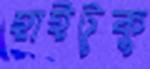
হাইটুকু